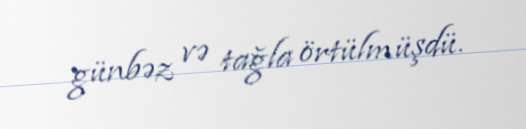
günbəz və tağla örtülmüşdü.